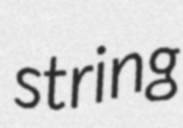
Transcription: string